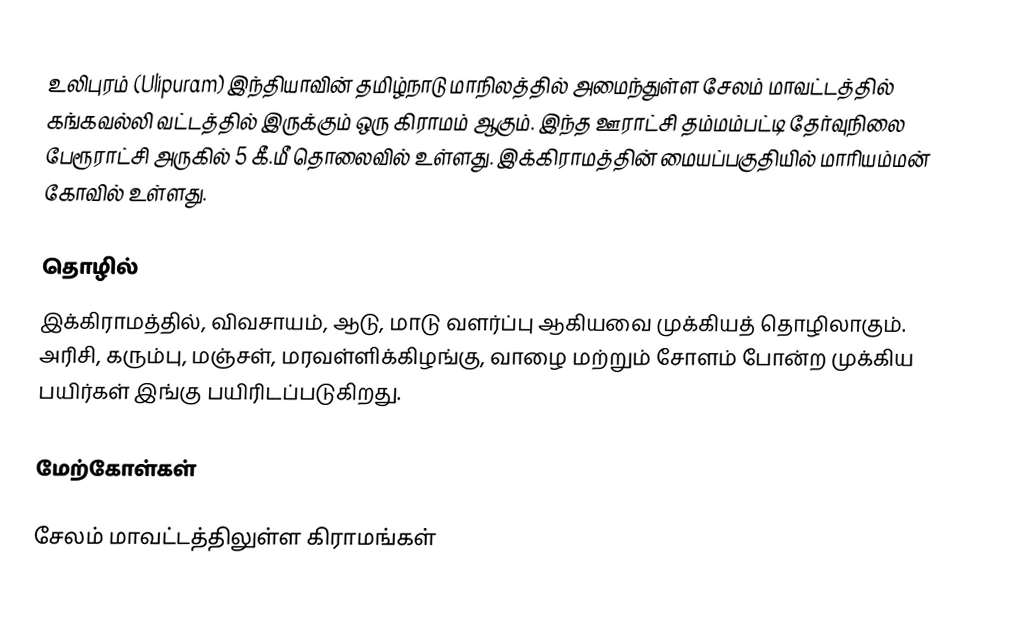
உலிபுரம் (Ulipuram) இந்தியாவின் தமிழ்நாடு மாநிலத்தில் அமைந்துள்ள சேலம் மாவட்டத்தில்   கங்கவல்லி வட்டத்தில் இருக்கும்  ஒரு கிராமம் ஆகும். இந்த ஊராட்சி தம்மம்பட்டி தேர்வுநிலை பேரூராட்சி அருகில் 5 கீ.மீ தொலைவில் உள்ளது. இக்கிராமத்தின் மையப்பகுதியில் மாரியம்மன் கோவில் உள்ளது.

தொழில்
இக்கிராமத்தில், விவசாயம், ஆடு, மாடு வளர்ப்பு ஆகியவை முக்கியத் தொழிலாகும். அரிசி, கரும்பு, மஞ்சள், மரவள்ளிக்கிழங்கு, வாழை மற்றும் சோளம் போன்ற முக்கிய பயிர்கள் இங்கு பயிரிடப்படுகிறது.

மேற்கோள்கள்

சேலம் மாவட்டத்திலுள்ள கிராமங்கள்